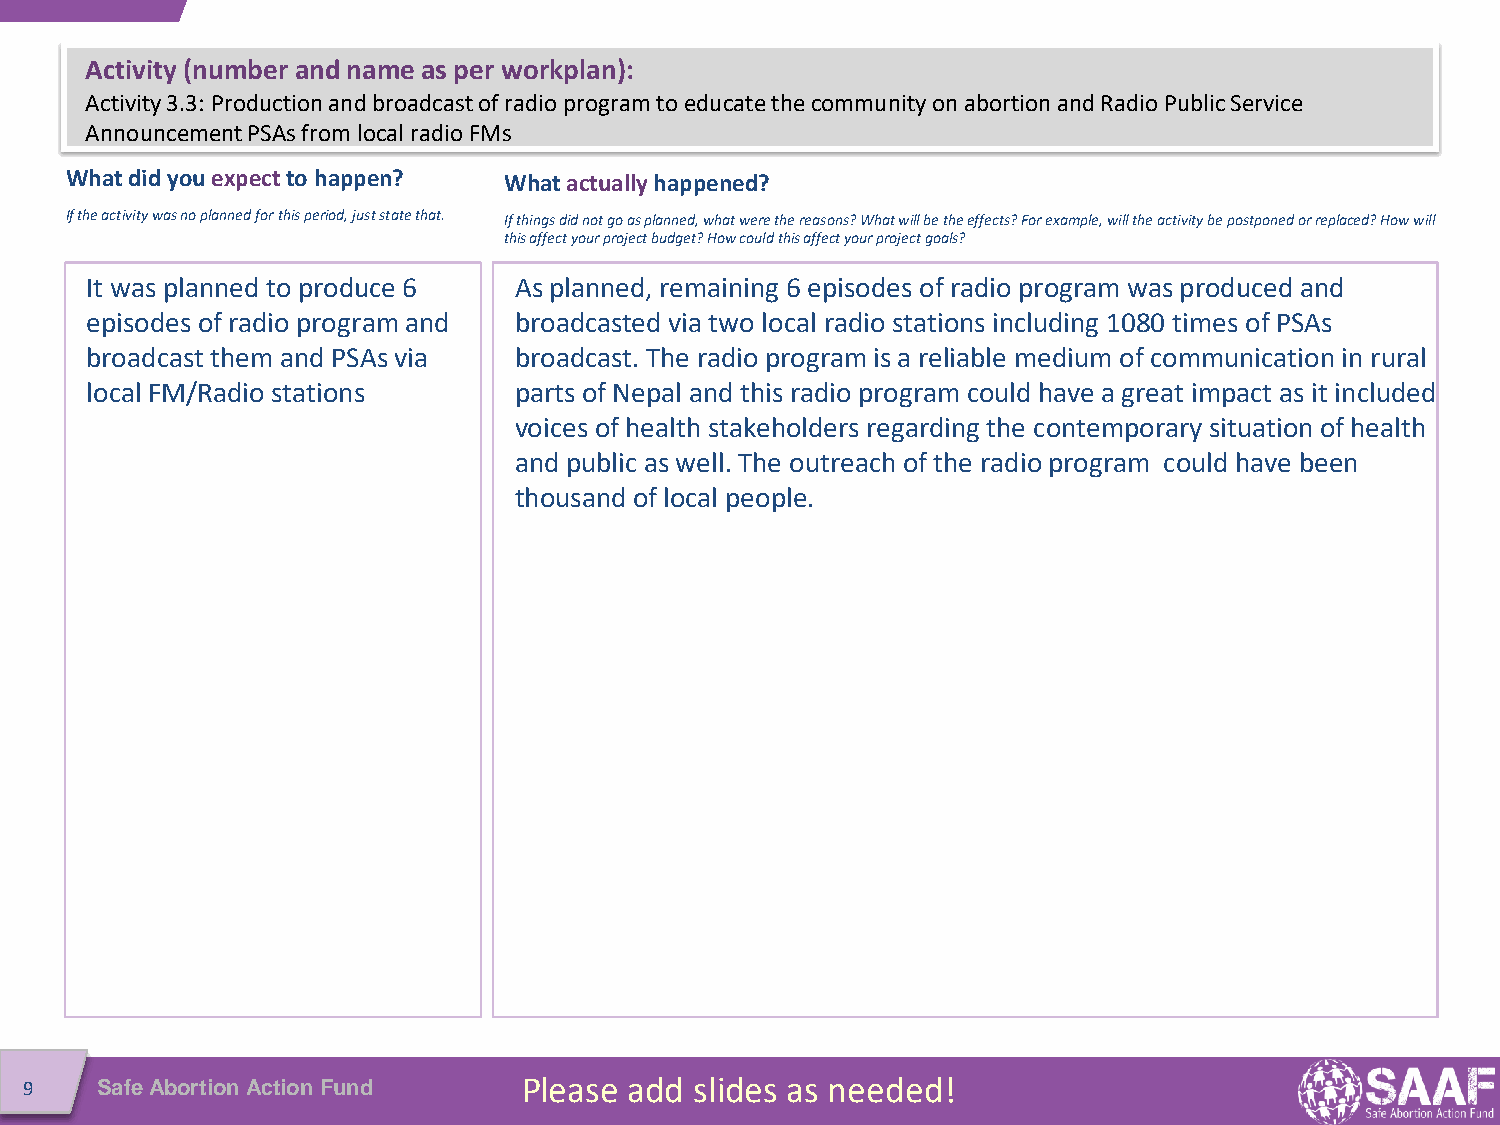
Activity (number and name as per workplan):
 Activity 3.3: Production and broadcast of radio program to educate the community on abortion and Radio Public Service
 Announcement PSAs from local radio FMs
 What did youexpect to happen? What actually happened?
 If the activity was no planned for this period, just state that. If things did not go as planned, what were the reasons? What will be the effects? For example, will the activity be postponedorreplaced? How will
 this affect your project budget? How could this affect your project goals?
 It was planned to produce 6 As planned, remaining 6 episodes of radio program was produced and
 episodes of radio program and broadcasted via two local radio stations including 1080 times of PSAs
 broadcast them and PSAs via broadcast. The radio program is a reliable medium of communication in rural
 local FM/Radio stations     parts of Nepal and this radio program could have a great impact as it included
 voices of health stakeholders regarding the contemporary situation of health
 and public as well. The outreach of the radio program could have been
 thousand of local people.
 9   Safe Abortion Action Fund    Please add slides as needed!